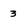
Character: 3